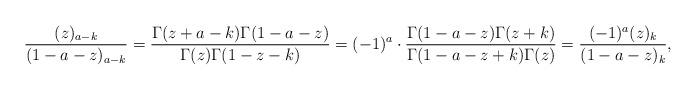
LaTeX: \begin{align*}\frac{(z)_{a-k}}{(1-a-z)_{a-k}}=\frac{\Gamma(z+a-k)\Gamma(1-a-z)}{\Gamma(z)\Gamma(1-z-k)}=(-1)^a\cdot\frac{\Gamma(1-a-z)\Gamma(z+k)}{\Gamma(1-a-z+k)\Gamma(z)}=\frac{(-1)^a(z)_{k}}{(1-a-z)_{k}},\end{align*}